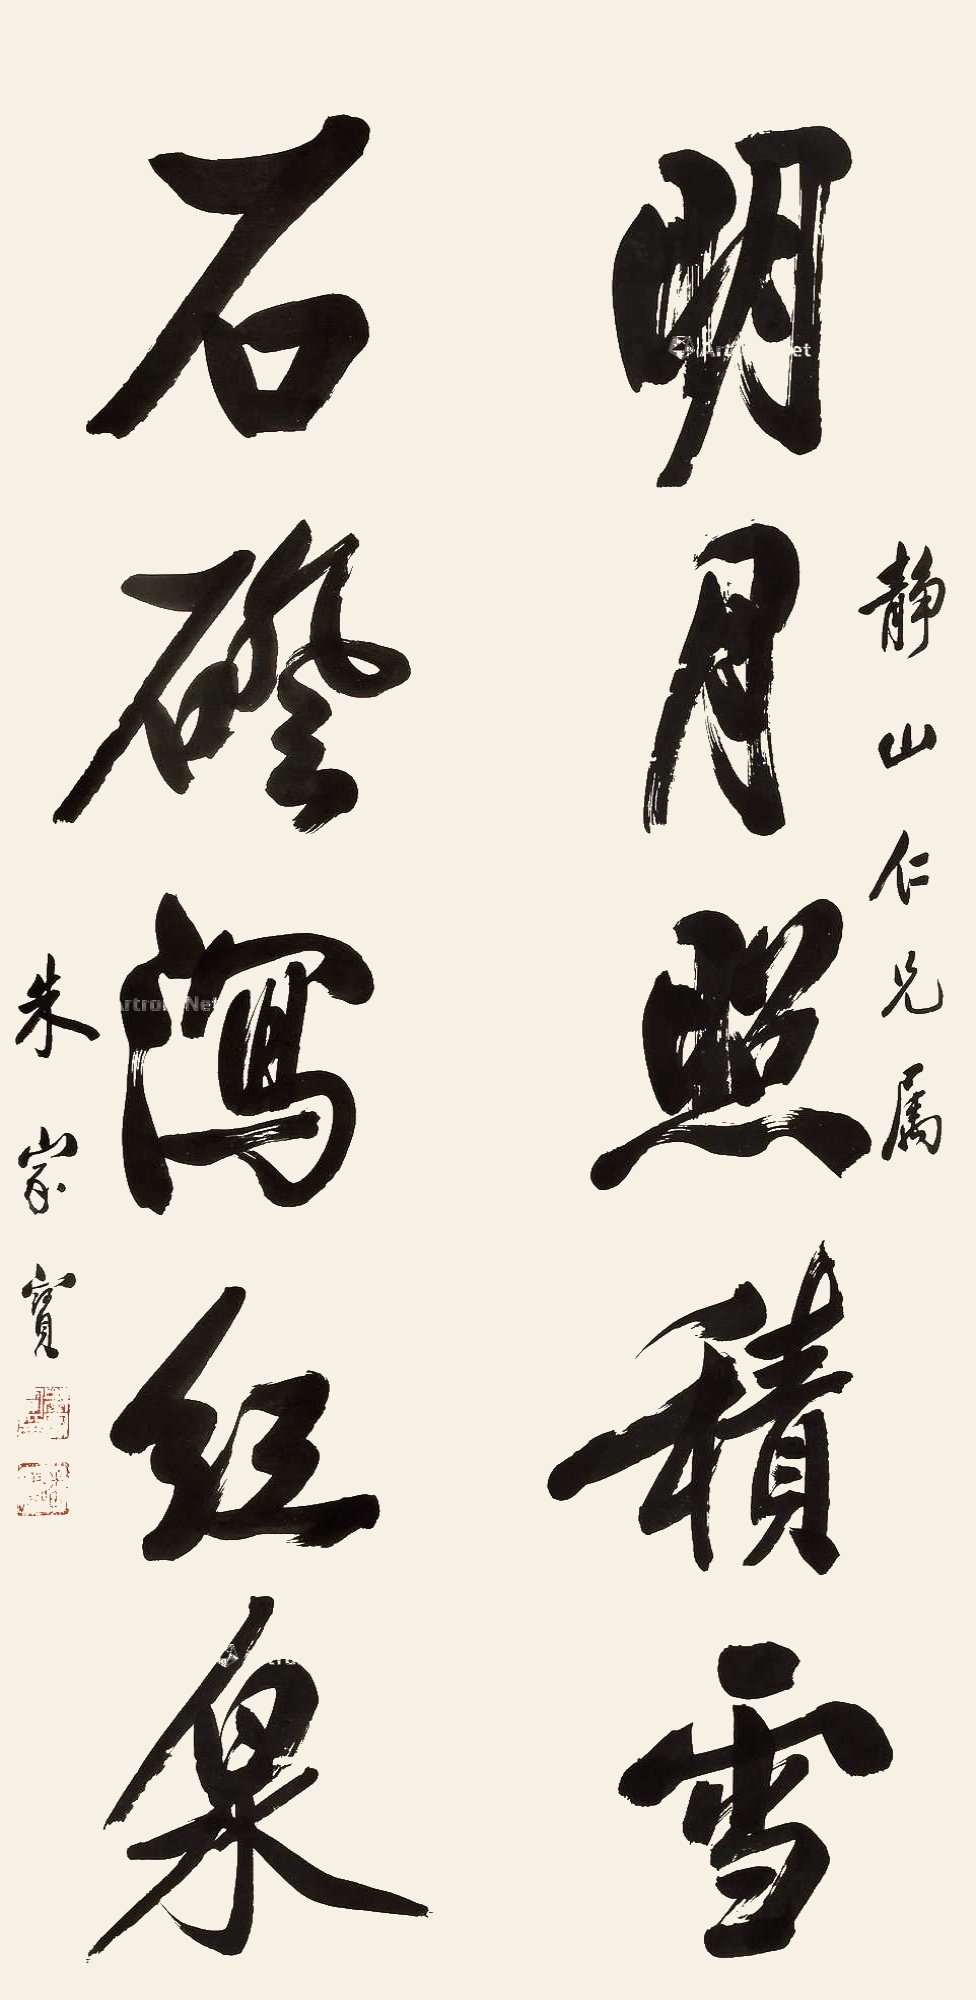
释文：明月照积雪，石壑泻红泉。静山仁兄属，朱家宝。